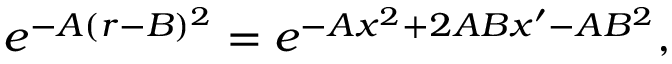
e ^ { - A ( r - B ) ^ { 2 } } = e ^ { - A x ^ { 2 } + 2 A B x ^ { \prime } - A B ^ { 2 } } ,